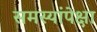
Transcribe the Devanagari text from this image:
समस्यांपेक्षा